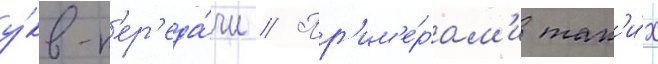
у́кв-п'ер'еда́чи // Пр'им'е́рам'и так'и́х